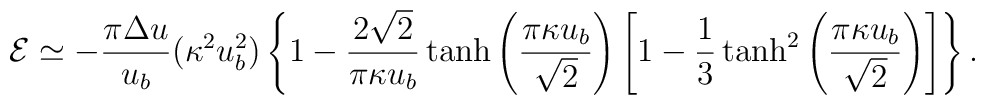
{\cal E}\simeq -\frac{\pi\Delta u}{u_b}(\kappa^2u^2_b)\left\{1-\frac{2\sqrt{2}}{\pi\kappa u_b}\tanh\left(\frac{\pi\kappa u_b}{\sqrt{2}}\right)\left[1-\frac{1}{3}\tanh^2\left(\frac{\pi\kappa u_b}{\sqrt{2}}\right)\right]\right\}.